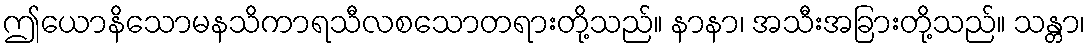
ဤယောနိသောမနသိကာရသီလစသောတရားတို့သည်။ နာနာ၊ အသီးအခြားတို့သည်။ သန္တာ၊